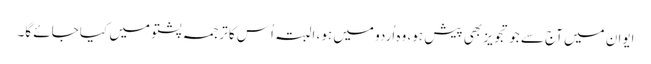
ایوان میں آج سے جو تجویز بھی پیش ہو، وہ اُردو میں ہو، البتہ اُس کا ترجمہ پشتو میں کیا جائے گا۔